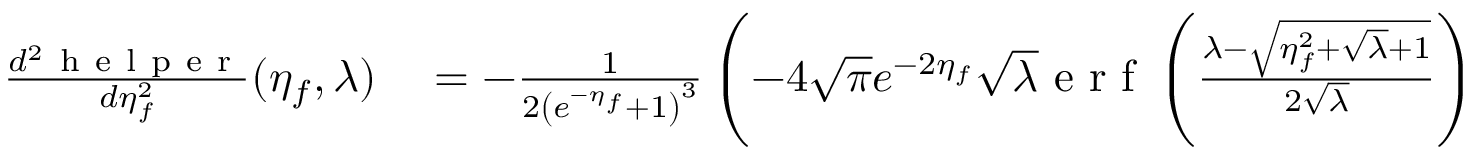
\begin{array} { r l } { \frac { d ^ { 2 } \mathrm { ~ h ~ e ~ l ~ p ~ e ~ r ~ } } { d \eta _ { f } ^ { 2 } } ( \eta _ { f } , \lambda ) } & { { } = - \frac { 1 } { 2 \left( e ^ { - \eta _ { f } } + 1 \right) ^ { 3 } } \left( - 4 \sqrt { \pi } e ^ { - 2 \eta _ { f } } \sqrt { \lambda } \mathrm { ~ e ~ r ~ f ~ } \left( \frac { \lambda - \sqrt { \eta _ { f } ^ { 2 } + \sqrt { \lambda } + 1 } } { 2 \sqrt { \lambda } } \right) \right. } \end{array}